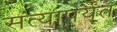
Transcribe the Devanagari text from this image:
सत्यापर्यंत